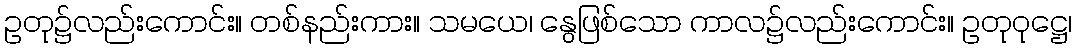
ဥတု၌လည်းကောင်း။ တစ်နည်းကား။ သမယေ၊ နွေဖြစ်သော ကာလ၌လည်းကောင်း။ ဥတုဝုဋ္ဌေ၊